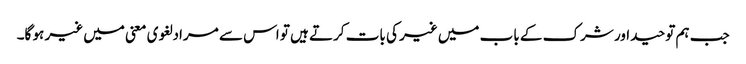
جب ہم توحید اور شرک کے باب میں غیر کی بات کرتے ہیں تو اس سے مراد لغوی معنی میں غیر ہو گا۔